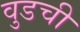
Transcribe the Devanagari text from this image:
वुडची